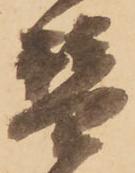
替